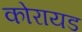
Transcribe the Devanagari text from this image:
कोरायड